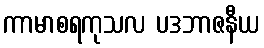
ကာမာစရကုသလ ပဒဘာဇနီယ